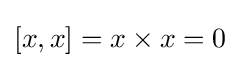
[x,x]=x\times x=0